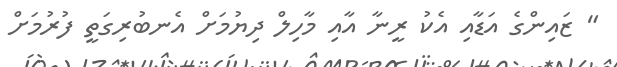
" ޒައިންގެ އަޑާއި އެކު ރީނާ އާއި މާހިލް ދިޔުމަށް އެނބުރިގަތީ ފުރުމަށް